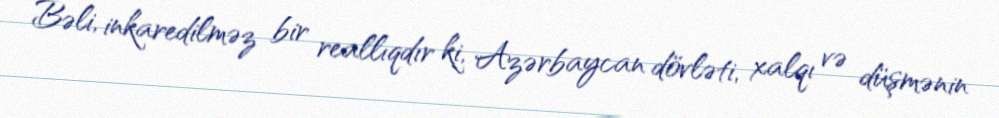
Bəli, inkaredilməz bir reallıqdır ki, Azərbaycan dövləti, xalqı və düşmənin